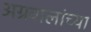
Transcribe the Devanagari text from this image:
अग्रवालांच्या